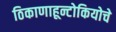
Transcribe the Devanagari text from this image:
ठिकाणाहून्टोकियोचे